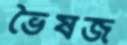
ভৈষজ